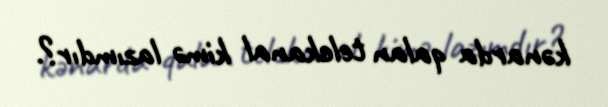
kənarda qalan telekanal kimə lazımdır?.